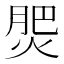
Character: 𭵀